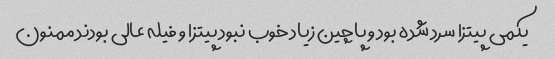
یکمی پیتزا سرد شده بود و پاچین زیاد خوب نبود پیتزا و فیله عالی بودند ممنون